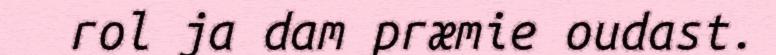
rol ja dam præmie oudast.